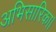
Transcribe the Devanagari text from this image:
अभिसारिका।